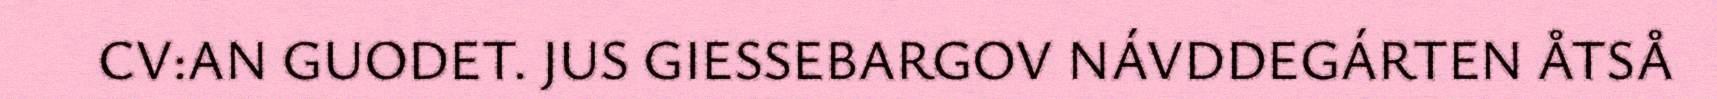
CV:AN GUODET. JUS GIESSEBARGOV NÁVDDEGÁRTEN ÅTSÅ